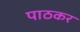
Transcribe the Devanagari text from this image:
पाठकर